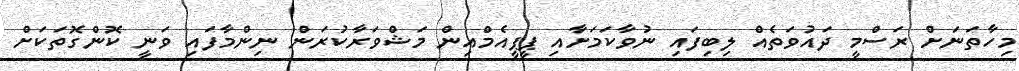
މިހާތަނަށް ރަސްމީ ދައުވަތެއް ލިބިފައި ނުވާކަމަށާއި ޕީޕީއެމްއިން މަޝްވަރާކުރަން ނިންމާފައި ވަނީ ކޮންގޮތަކަށް